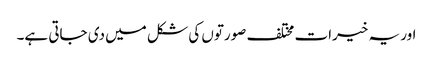
اور یہ خیرات مختلف صورتوں کی شکل میں دی جاتی ہے۔